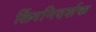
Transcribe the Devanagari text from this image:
लिंगनिदर्शक